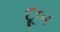
દૂબ